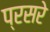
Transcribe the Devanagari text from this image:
प्रसरे